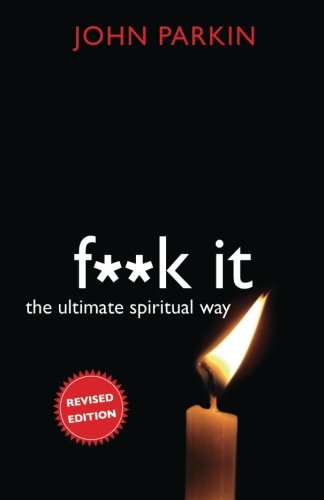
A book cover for F**k It: The Ultimate Spiritual Way; John C. Parkin; Humor & Entertainment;